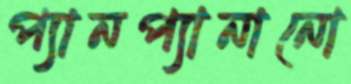
প্যানপ্যানানো